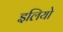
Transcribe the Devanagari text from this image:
इलियो